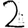
Digit: 2